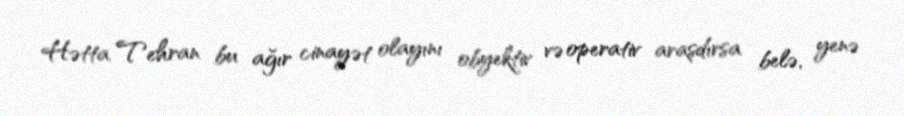
Hətta Tehran bu ağır cinayət olayını obyektiv və operativ araşdırsa belə, yenə